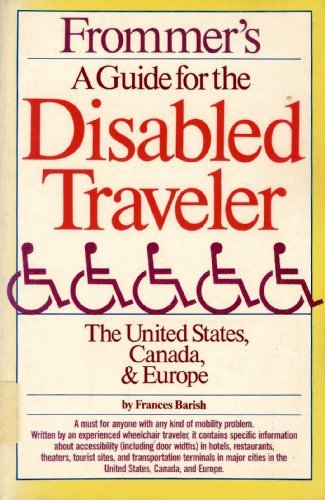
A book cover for Frommer's a Guide for the Disabled Traveler: Unites States, Canada and Europe; Frances Barish; Travel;